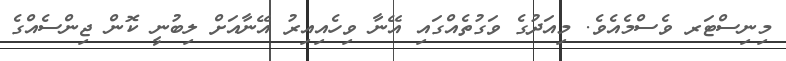
މިނިސްޓަރ ވެސްމެއެވެ. މިއަދުގެ ވަގުތެއްގައި އޭނާ ވިހެއިއިރު އޭނާއަށް ލިބުނީ ކޮން ޖިންސެއްގެ